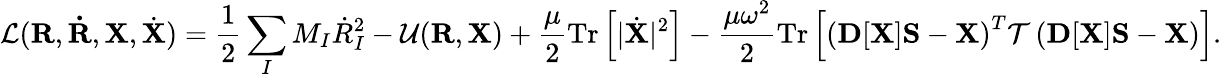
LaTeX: {\displaystyle{\cal L}({\mathbf R},{\mathbf{\dot{R}}},{\mathbf X},{\dot{\mathbf X}})=\frac{1}{2}\sum_{I}M_{I}{\dot{R}}_{I}^{2}-{\cal U}({\mathbf R},{\mathbf X})+\frac{\mu}{2}\mathrm{Tr}\left[\vert{\dot{\mathbf X}}\vert^{2}\right]-\frac{\mu\omega^{2}}{2}\mathrm{Tr}\left[\left({\mathbf D}[{\mathbf X}]{\mathbf S}-{\mathbf X}\right)^{T}{\cal T}\left({\mathbf D}[{\mathbf X}]{\mathbf S}-{\mathbf X}\right)\right]}.